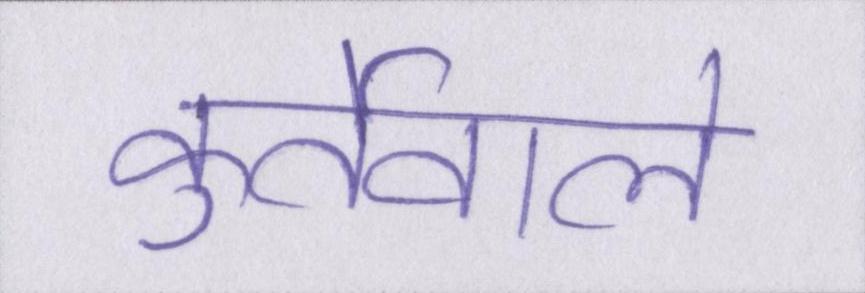
कुर्तेवाले